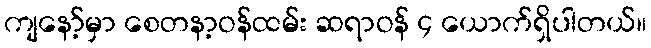
ကျနော့်မှာ စေတနာ့ဝန်ထမ်း ဆရာဝန် ၄ ယောက်ရှိပါတယ်။